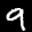
Label: 9